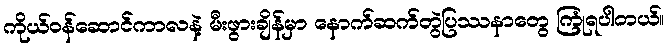
ကိုယ်ဝန်ဆောင်ကာလနဲ့ မီးဖွားချိန်မှာ နောက်ဆက်တွဲပြဿနာတွေ ကြုံရပါတယ်။